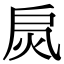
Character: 𢩂